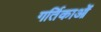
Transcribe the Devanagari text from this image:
गर्तिकाओं